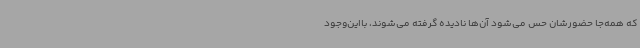
که همه‌جا حضورشان حس می‌شود آن‌ها نادیده گرفته می‌شوند، بااین‌وجود